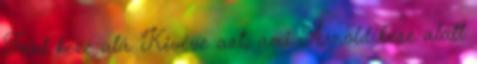
Ford keze alá. Kivéve azt, ami Arnold keze alatt